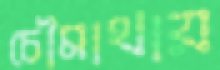
চৌমাথায়